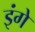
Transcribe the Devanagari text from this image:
इंगे